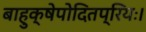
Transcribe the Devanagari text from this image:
बाहुक्षेपोदितप्रियः।